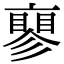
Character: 𬽝